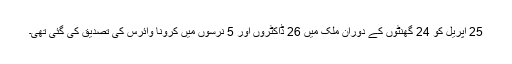
25 اپریل کو 24 گھنٹوں کے دوران ملک میں 26 ڈاکٹروں اور 5 نرسوں میں کرونا وائرس کی تصدیق کی گئی تھی۔